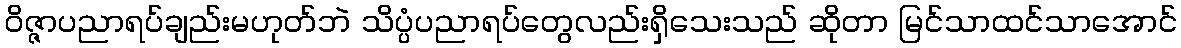
ဝိဇ္ဇာပညာရပ်ချည်းမဟုတ်ဘဲ သိပ္ပံပညာရပ်တွေလည်းရှိသေးသည် ဆိုတာ မြင်သာထင်သာအောင်